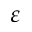
\varepsilon